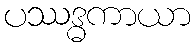
ပဿဒ္ဓကာယာ